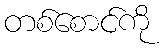
တစ်စောင်ကို